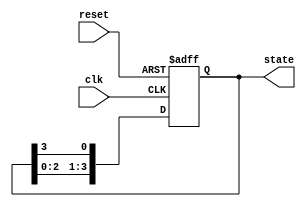
module ring_counter (
    input wire clk,           // Clock signal
    input wire reset,         // Asynchronous reset signal
    output reg [3:0] state    // 4-bit output representing the current state
);

// State transition logic
always @(posedge clk or posedge reset) begin
    if (reset) begin
        // Initialize the counter to 0001
        state <= 4'b0001;
    end else begin
        // Shift the '1' to the left, wrapping around to the first bit
        state <= {state[2:0], state[3]};
    end
end

endmodule